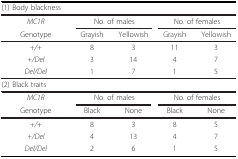
<table><thead><tr><td><b>(1) Body blackness</b></td><td></td><td></td><td></td><td></td></tr></thead><tbody><tr><td><i>MC1R</i></td><td colspan="2">No. of males</td><td colspan="2">No. of females</td></tr><tr><td>Genotype</td><td>Grayish</td><td>Yellowish</td><td>Grayish</td><td>Yellowish</td></tr><tr><td><i>+/</i>+</td><td>8</td><td>3</td><td>11</td><td>3</td></tr><tr><td><i>+/Del</i></td><td>3</td><td>14</td><td>4</td><td>7</td></tr><tr><td><i>Del/Del</i></td><td>1</td><td>7</td><td>1</td><td>5</td></tr><tr><td>(2) Black traits</td><td></td><td></td><td></td><td></td></tr><tr><td><i>MC1R</i></td><td colspan="2">No. of males</td><td colspan="2">No. of females</td></tr><tr><td>Genotype</td><td>Black</td><td>None</td><td>Black</td><td>None</td></tr><tr><td><i>+/</i>+</td><td>8</td><td>3</td><td>8</td><td>5</td></tr><tr><td><i>+/Del</i></td><td>4</td><td>13</td><td>4</td><td>7</td></tr><tr><td><i>Del/Del</i></td><td>2</td><td>6</td><td>1</td><td>5</td></tr></tbody></table>